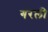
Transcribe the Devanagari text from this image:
गरली